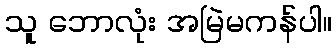
သူ ဘောလုံး အမြဲမကန်ပါ။